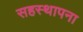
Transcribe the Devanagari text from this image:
सहस्थापना